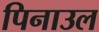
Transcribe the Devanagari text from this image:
पिनाउल